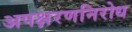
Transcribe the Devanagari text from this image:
अपक्षरणनिरोध